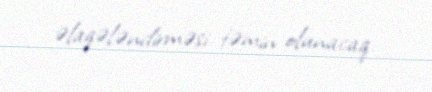
əlaqələndirməsi təmin olunacaq.